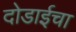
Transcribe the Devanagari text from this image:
दोडाईचा